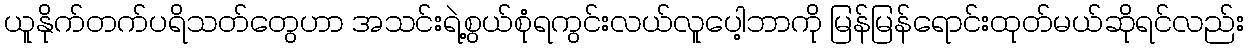
ယူနိုက်တက်ပရိသတ်တွေဟာ အသင်းရဲ့စွယ်စုံရကွင်းလယ်လူပေါ့ဘာကို မြန်မြန်ရောင်းထုတ်မယ်ဆိုရင်လည်း